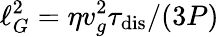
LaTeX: \ell_{G}^{2}=\eta v_{g}^{2}\tau_{\mathrm{dis}}/(3P)